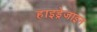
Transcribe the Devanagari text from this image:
हाइड्रेजाइन